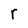
Character: r